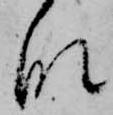
な